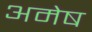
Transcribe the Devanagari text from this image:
अमेष